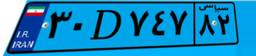
۳۰D۷۴۷۸۲